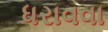
ધરાવવા